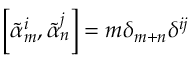
\left[ { \tilde { \alpha } } _ { m } ^ { i } , { \tilde { \alpha } } _ { n } ^ { j } \right] = m \delta _ { m + n } \delta ^ { i j }